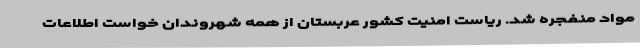
مواد منفجره شد. ریاست امنیت کشور عربستان از همه شهروندان خواست اطلاعات